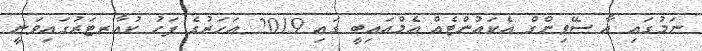
ނަމުގައި އާ ސޭވިންގް އެކައުންޓެއް އެމްއައިބީ ގައި 2019 އަހަރުގެ ފަހު ކުއާރޓަރުގައިވަނީ